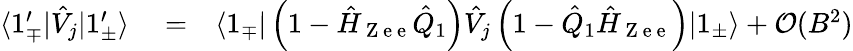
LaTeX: \begin{array}{rlr}{\langle 1_{\mp}^{\prime}|\hat{V}_{j}|1_{\pm}^{\prime}\rangle}&{{}=}&{\langle 1_{\mp}|\left(1-\hat{H}_{\mathrm{~Z~e~e~}}\hat{Q}_{1}\right)\hat{V}_{j}\left(1-\hat{Q}_{1}\hat{H}_{\mathrm{~Z~e~e~}}\right)|1_{\pm}\rangle+\mathcal{O}(B^{2})}\end{array}